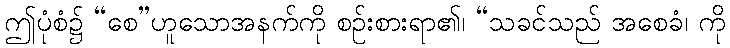
ဤပုံစံ၌ “စေ”ဟူသောအနက်ကို စဉ်းစားရာ၏၊ “သခင်သည် အစေခံ၊ ကို